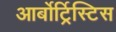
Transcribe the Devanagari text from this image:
आर्बोर्ट्रिस्टिस